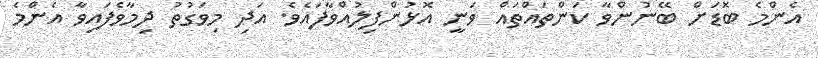
އެންމެ ބޮޑަށް ބޭނުންވާ ކަންތައްތައް ވަނީ އޮޅުންފިލުއްވާފައެވެ. އަދި މިވަގުތު ދިމާވެފައިވާ އެންމެ